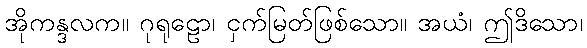
အိုကန္ဒလက။ ဂုရုဠော၊ ငှက်မြတ်ဖြစ်သော။ အယံ၊ ဤဒိသော၊